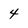
Character: 4